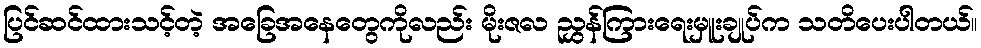
ပြင်ဆင်ထားသင့်တဲ့ အခြေအနေတွေကိုလည်း မိုးဇလ ညွှန်ကြားရေးမှူးချုပ်က သတိပေးပါတယ်။